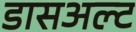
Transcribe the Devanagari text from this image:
डासअल्ट